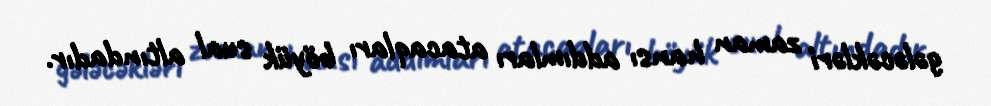
gələcəkləri zaman hansı addımları atacaqları böyük sual altındadır.